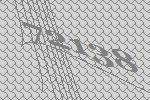
72138